Bréfritari: Sigríður Pálsdóttir
Viðtakandi: Páll Pálsson
Dagsetning: A-1843-09-18
Skrifað á: Síðumúla  Mýr.
Páll var bróðir Sigríðar

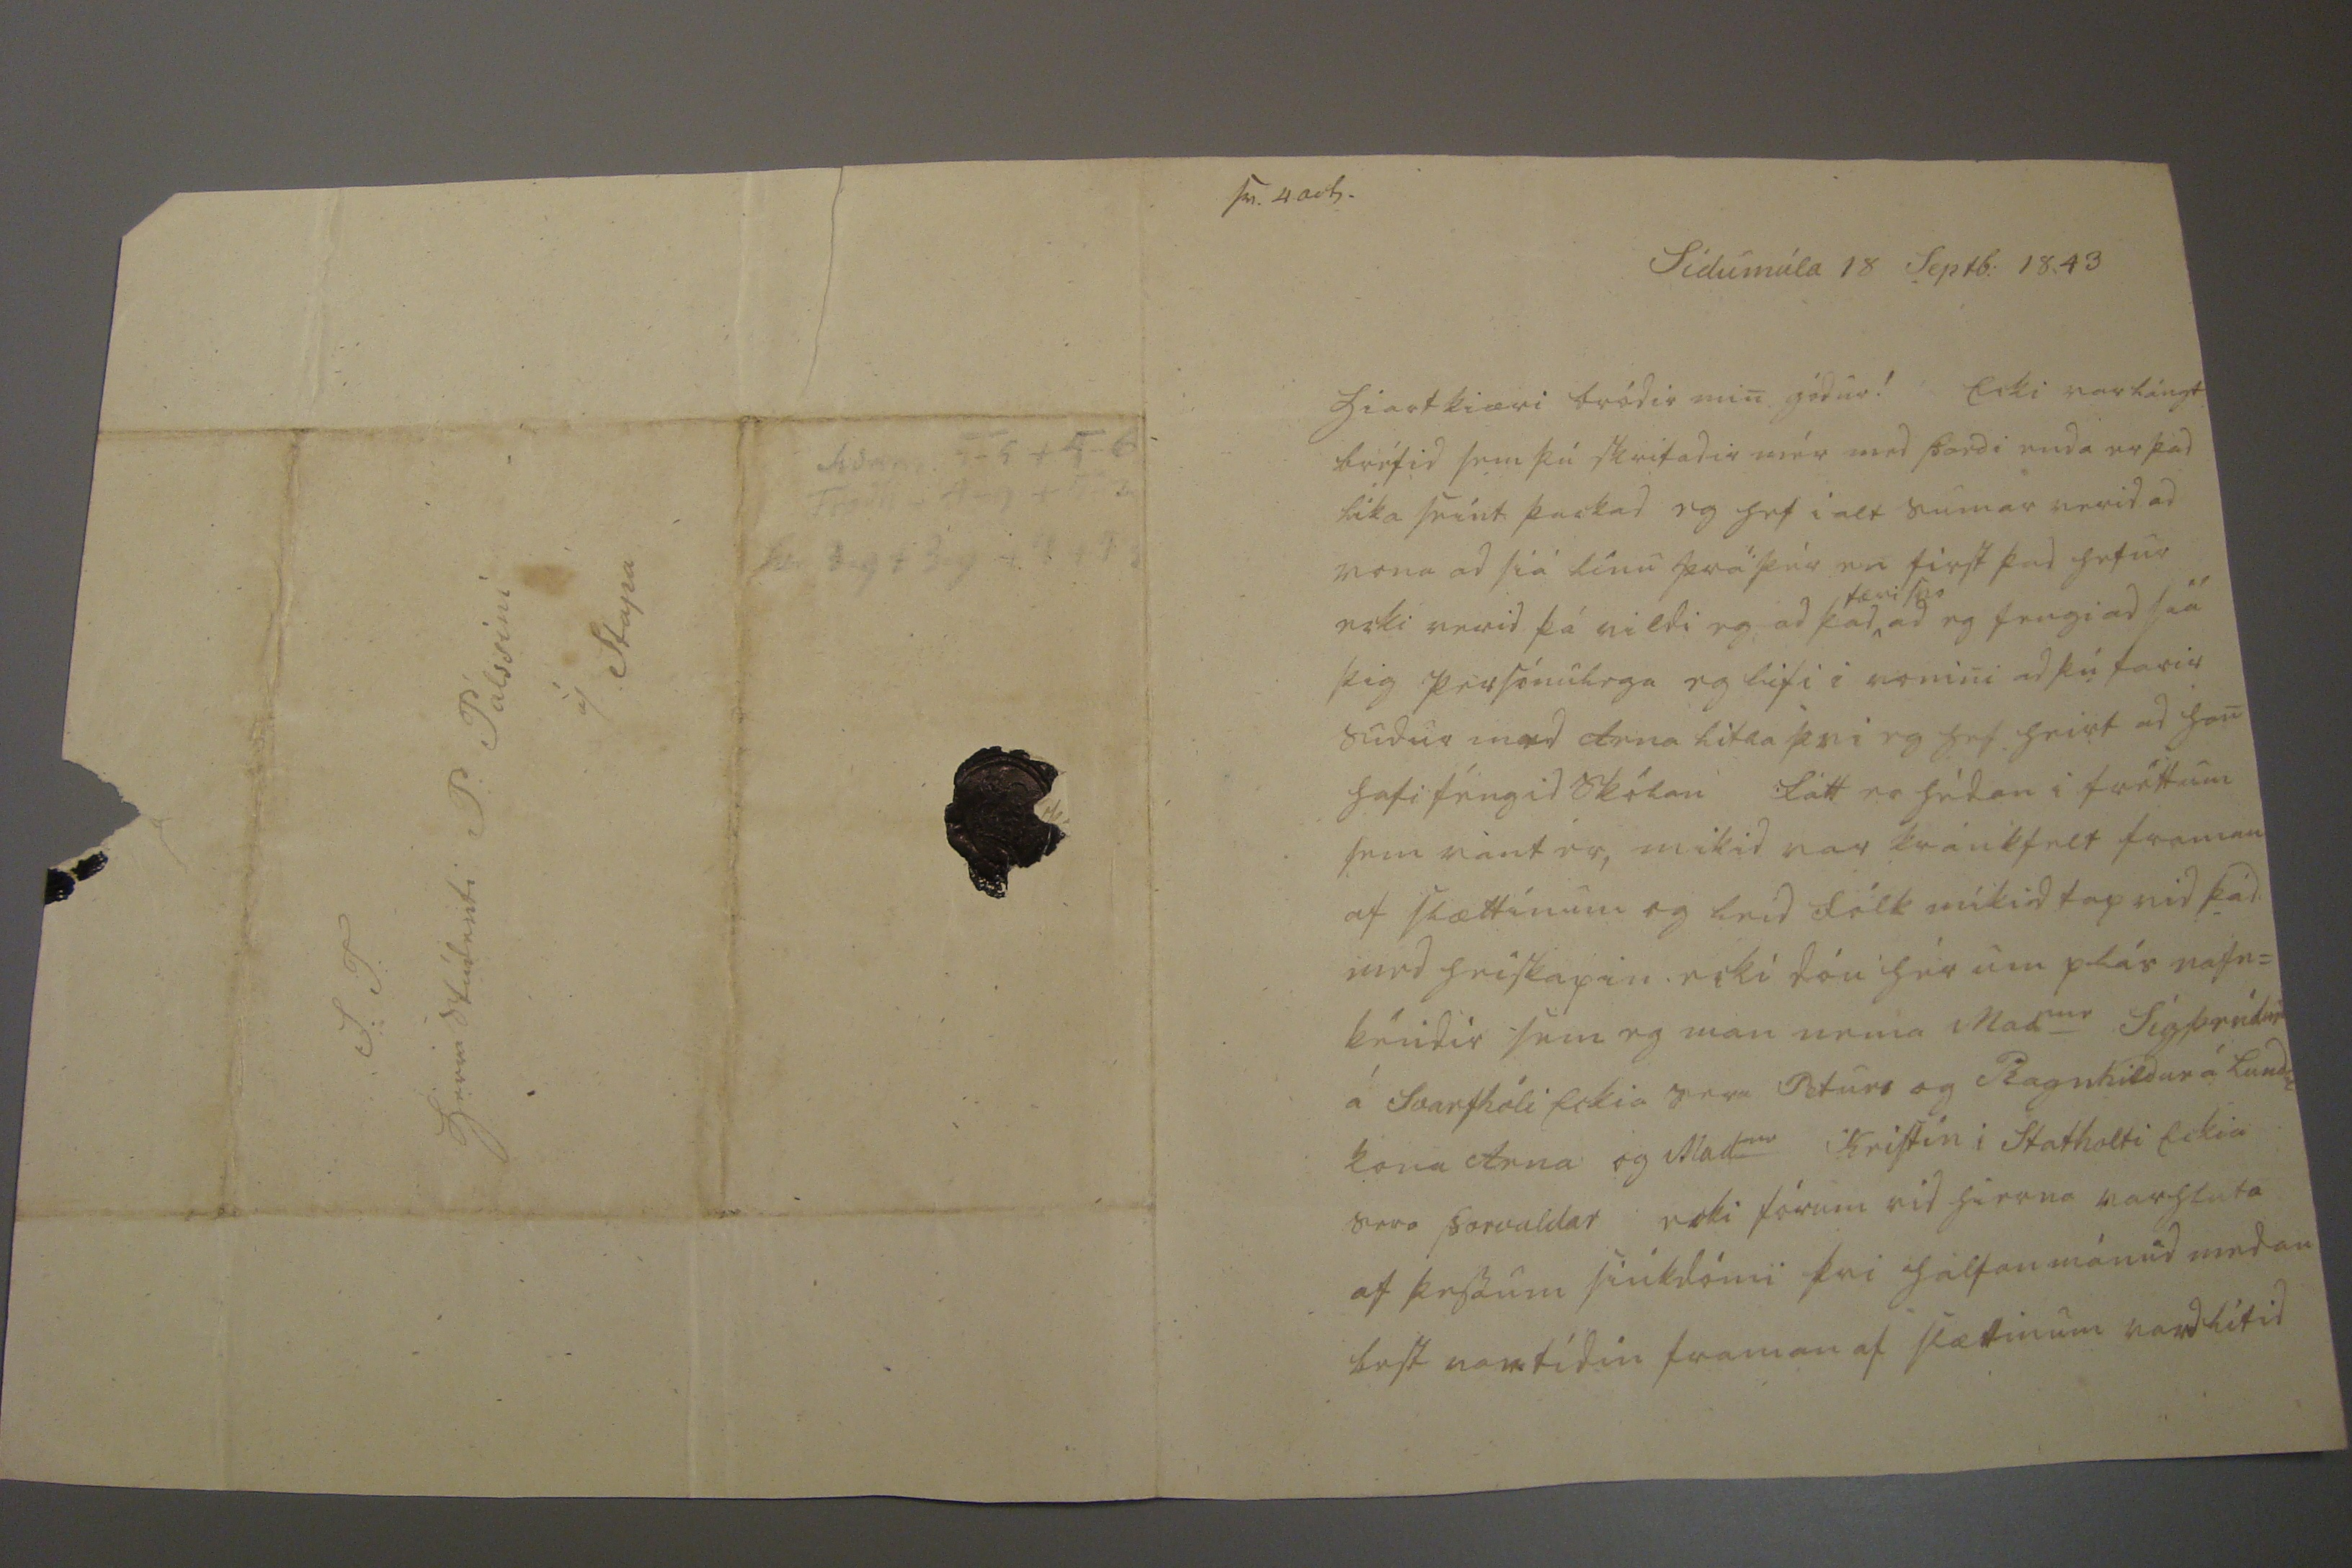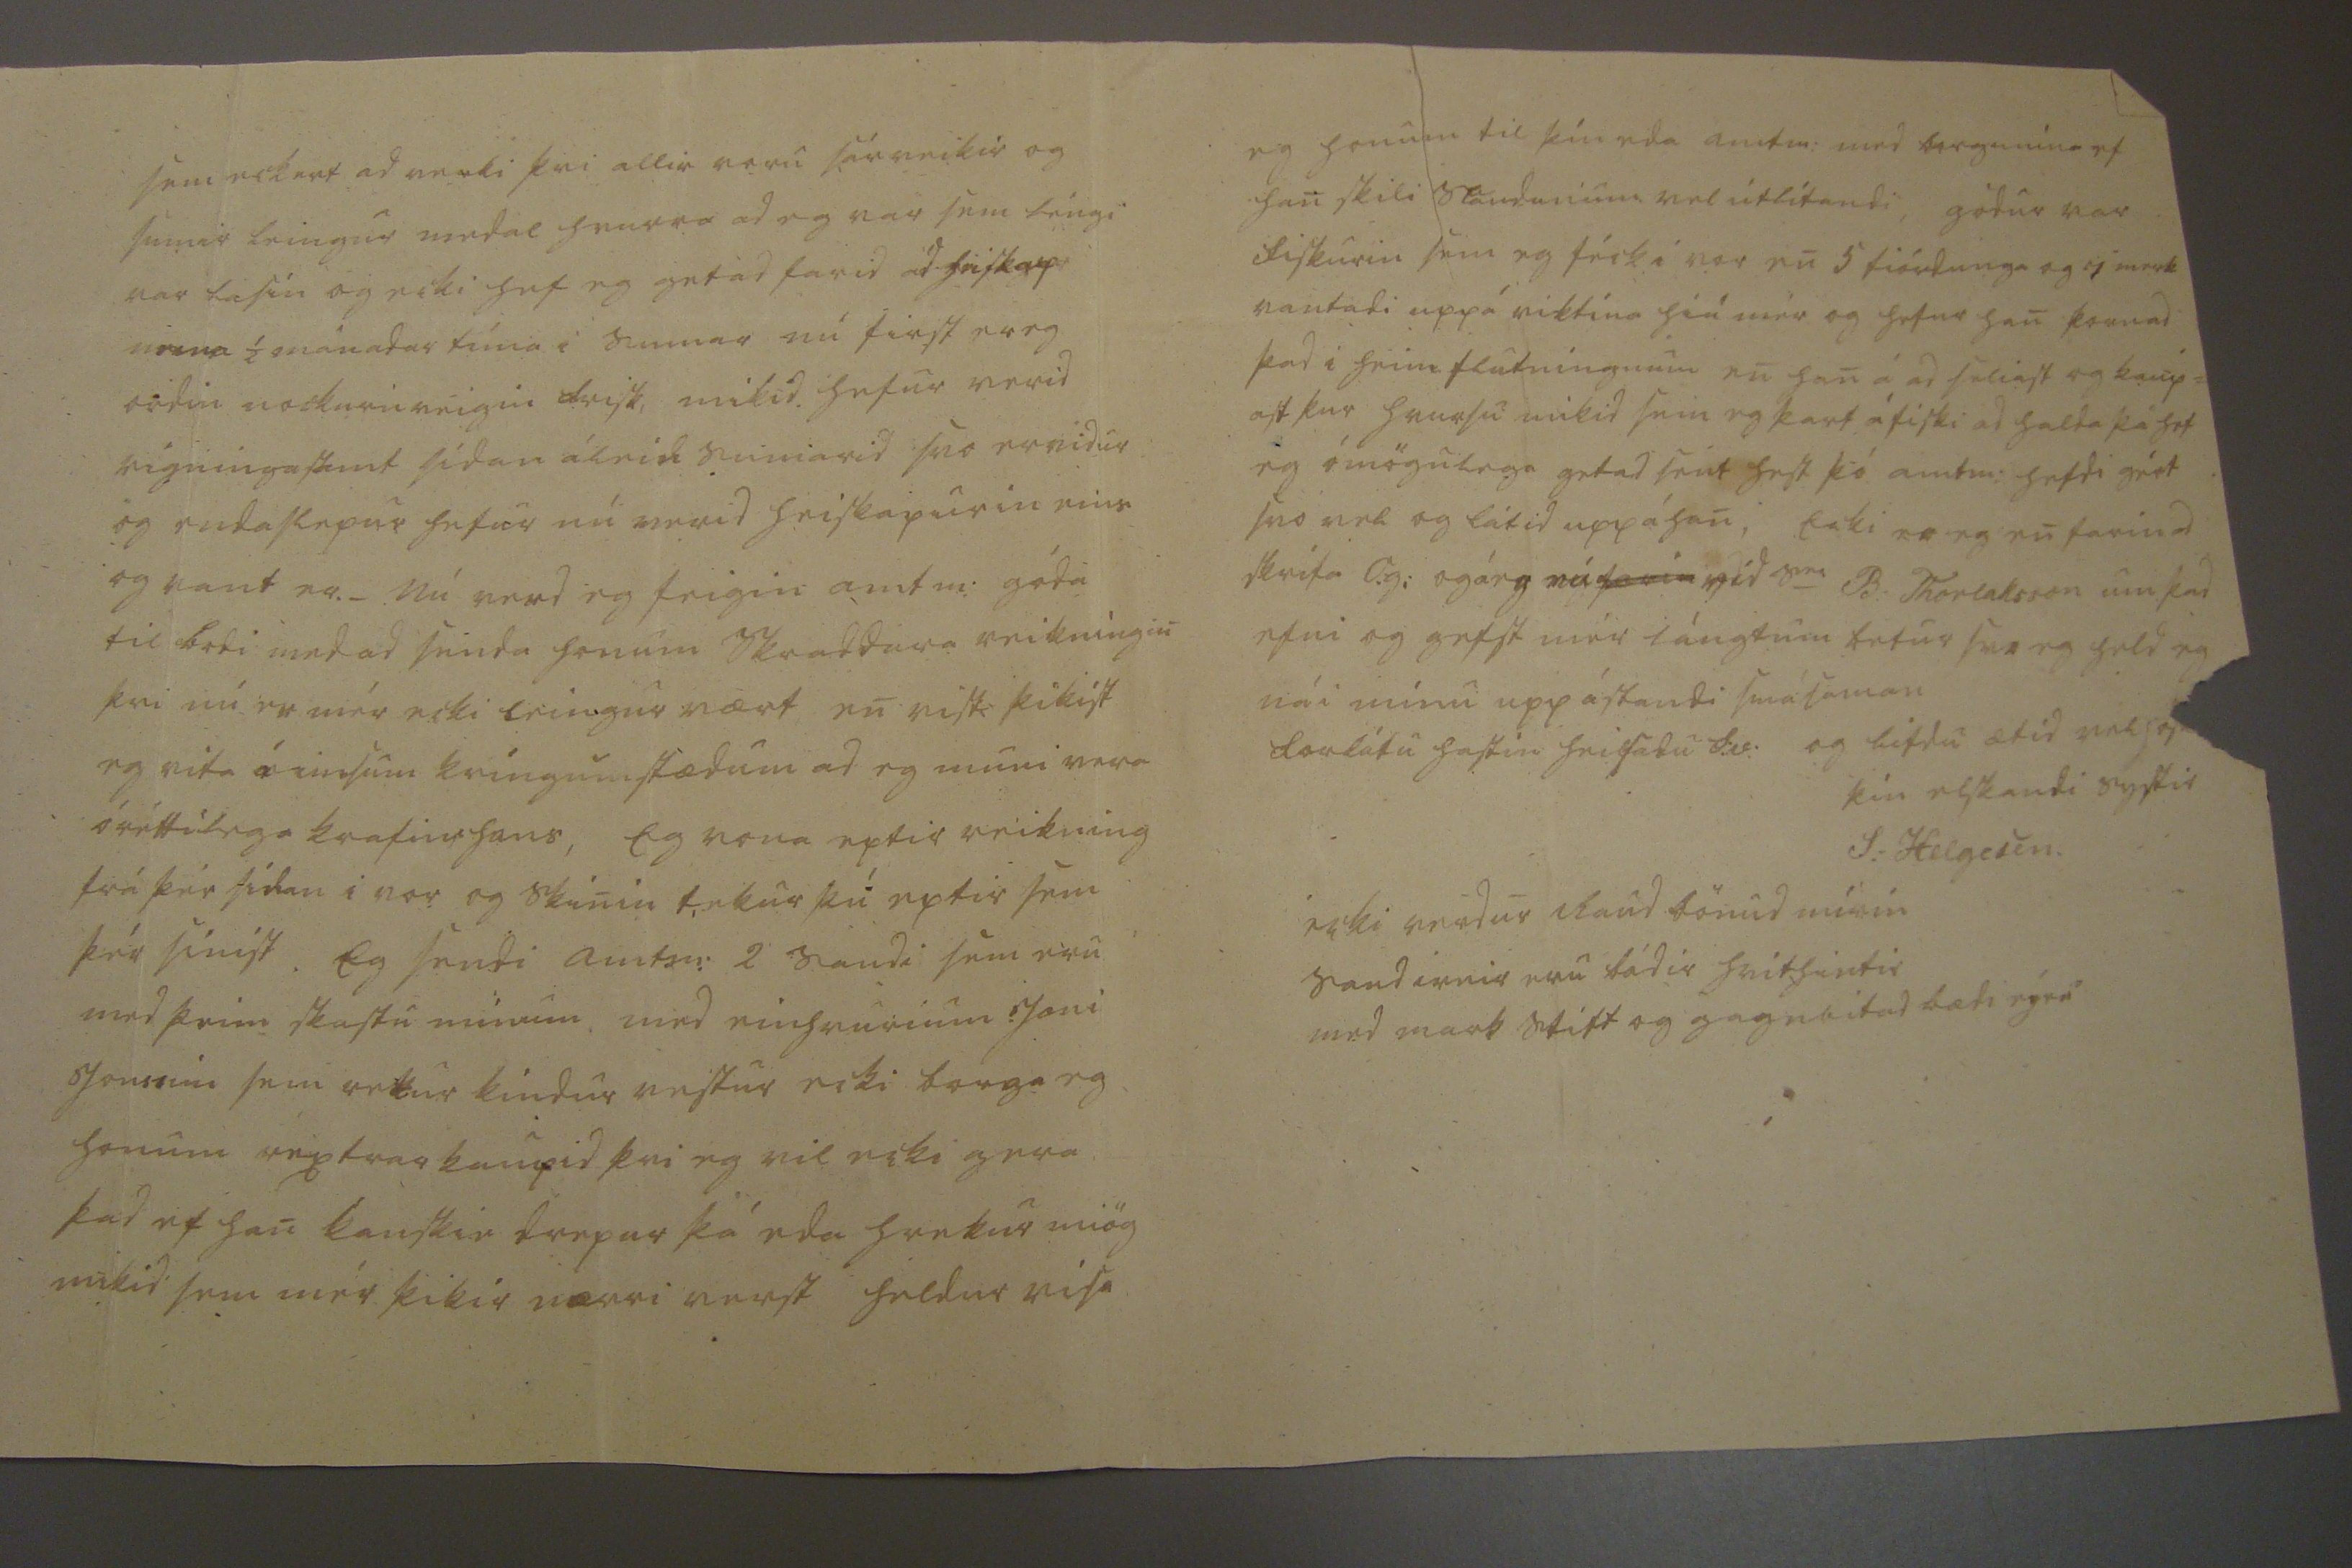

sv. 4 ocb.
Sídumúla 18 Septb: 1843
hiartkiæri bródir min gódur! Ecki var lángt bréfid sem þú skrifadir mér med Þordi enda er þad lika seint þackad eg hef i alt sumar verid ad vona ad siá línu frá þér en first þad hefur ecki verid þá vildi eg ad þad
færi svo
ad eg fengi ad siá þig persónulega eg lifi i vonini ad þú farir sudur med Arna litla þvi eg hef heirt ad han hafi féngid skólan Fátt er hédan i fréttum sem vant er, mikid var kránkfelt framan af slættinum og leid fólk mikid tap vid þad med heiskapin ecki dóu ér um plás nafn= kéndir sem eg man nema Mad
me
Sigþrúdur á Svarfhóli Eckia Sera Peturs og Ragnhildar á Lund
um
kona Arna og Mad
me
Kristin i Stafholti Eckia sera Þorvaldar ecki fórum vid hierna varhluta af þessum siúkdómi þvi hálfan mánud medan best var tídin frman af slættinum vard lítid
sem eckert ad verki þvi allir voru sárveikir og sumir leingur medal hvurra ad eg var sem léngi var lasin og ecki hef eg getad farid ad heiskap nema 1/2 mánadar tíma i sumar nú first er eg ordin nockurnveigin frisk, mikid hefur verid rigningasamt sídan á leid sumarid svo ervidur og endaslepur hefur nú verid heiskapurin eins og vant er._ Nú verd eg feigin amtm: góda til bodi med ad senda honum skraddara reikníngin þvi nú er mér ecki leingur vært en vist þikist eg vita á
00sum
kríngumstædum ad eg muni vera óréttilega
krafin hans,
Eg vona eptir reikning frá þér sídan i vor og skinin tekur þú eptir sem þér sinist. Eg sendi amtm: 2 saudi sem eru med þeim skastu minum med einhvurium Joni Jonssini sem
rekur
kindur vestur ecki borga eg honum rextrarkaupid þvi eg vil ecki gera þad ef han kanskie drepur þá eda hrekur miög mikid sem mér þikir nærri verst heldur visa
eg honum til þín eda amtm: med borgunina ef han skili saudunum vel útlítandi, gódur var fiskurin sem eg féck i vor en 5 fiórdunga og
7 merk
vantadi uppá viktina hiá mér og hefur han kannad þad i heimflutningnum en han á ad seliast og kaup= ast þar hvursu mikid sem eg þarf á fiski ad halda þá hef eg ómögulega getad sent hest þó amtm: hefdi gért svo vel og látid uppá han, Ecki er eg en farin ad skrifa O.g: og á eg nú
farin
vid S
ra
B: Thorlaksson um þad efni og gefst mér lángtum betur svo eg held eg nái mínu upp ástandi smásaman forlátu hastin heilsadu
S:v: og lifdu ætíd vels ósk
þín elskandi systir
S: helgason.
ecki verdur Raud bönud
mírin
saudirnir eru bádir hvit
hintir
med mark stift og gagn
litad
bædi eýru
S.T. herra Stúdenti P: Pálssini á Stapa